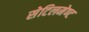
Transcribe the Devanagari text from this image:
सेटिलमेण्ट